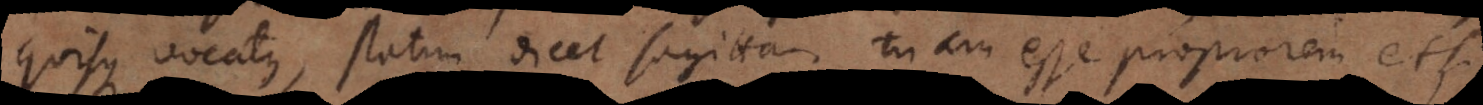
quisque vocatus, statim dicet sagittam tuam esse propiorem etsi